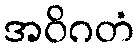
အဝိဂတံ